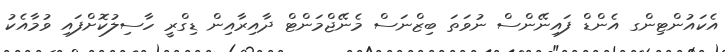
އެކައުންޓިންގ އެންޑް ފައިނޭންސް ނުވަތަ ބިޒްނަސް މެނޭޖްމަންޓް ދާއިރާއިން ޑިގްރީ ހާސިލުކޮށްފައި ވުމާއެކު